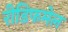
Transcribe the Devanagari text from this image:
रीडिफमेल